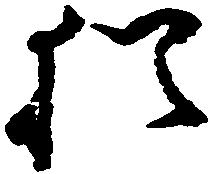
猶